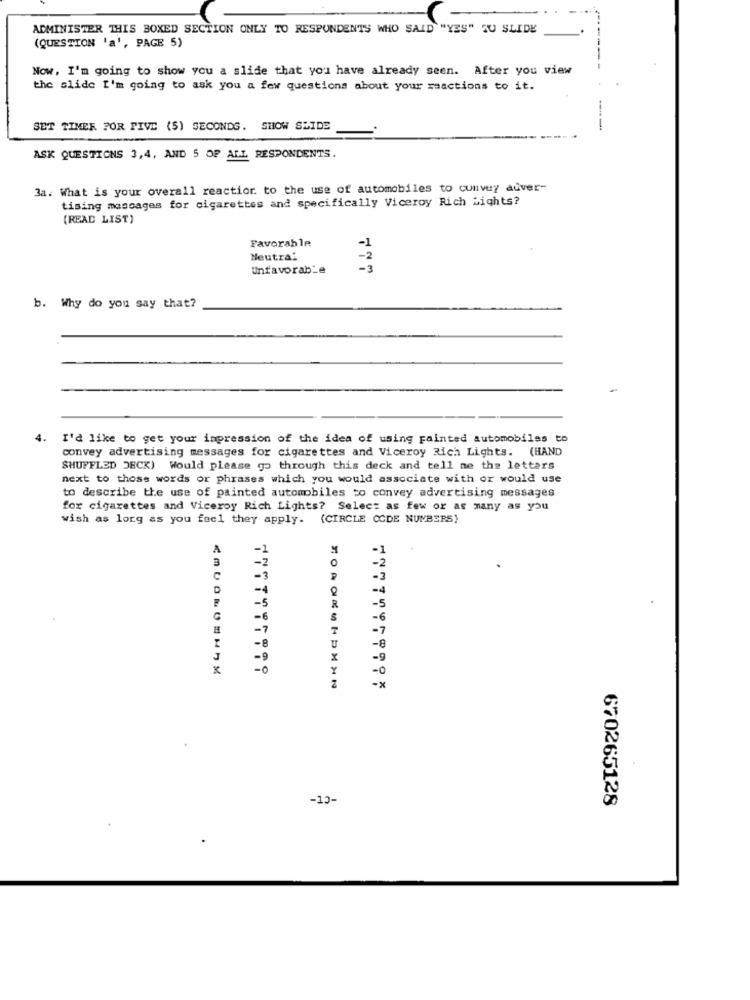
ADMINISTER THIS BOXED SECTION ONLY TO RESPONDENTS WHO SAID "YES" ZU SLIDE
(QUESTION 'a', PAGE 5)
Now, I'm going to show you a slide that you have already seen. After you view
--
the slide I'm going to ask you a few questions about your reactions to it.
SET TIMER FOR PIVE (5) SECONDG. SHOW SLIDE
----
ASK QUESTIONS 3,4, AND 5 OF ALL RESPONDENTS.
3a. What is your overall reaction to the use of automobiles to convey adver-
tising messages for cigarettes and specifically Viceroy Rich Lights?
(READ LIST)
Favorable
-1
Neutra:
Unfavorable
b. Why do you say that?
4.
I'd like to get your impression of the idea of using Fainted automobiles to
convey advertising messages for cigarettes and Viceroy Rich Lights. (HAND
SHUFFLED JECK) Would please go through this deck and tell me the letters
next to those words or phrases which you would associate with or would use
to describe the use of painted automobiles to convey advertising messages
for cigarettes and Viceroy Rich Lights? Select as few or as many as you
wish as long as you feel they apply. (CIRCLE OCDE NUMBERS)
A
-1
O
-2
-3
-3
D
-4
-4
-5
R
-6
H
-7
T
-7
-8
-8
U
-x
-13-
670265128